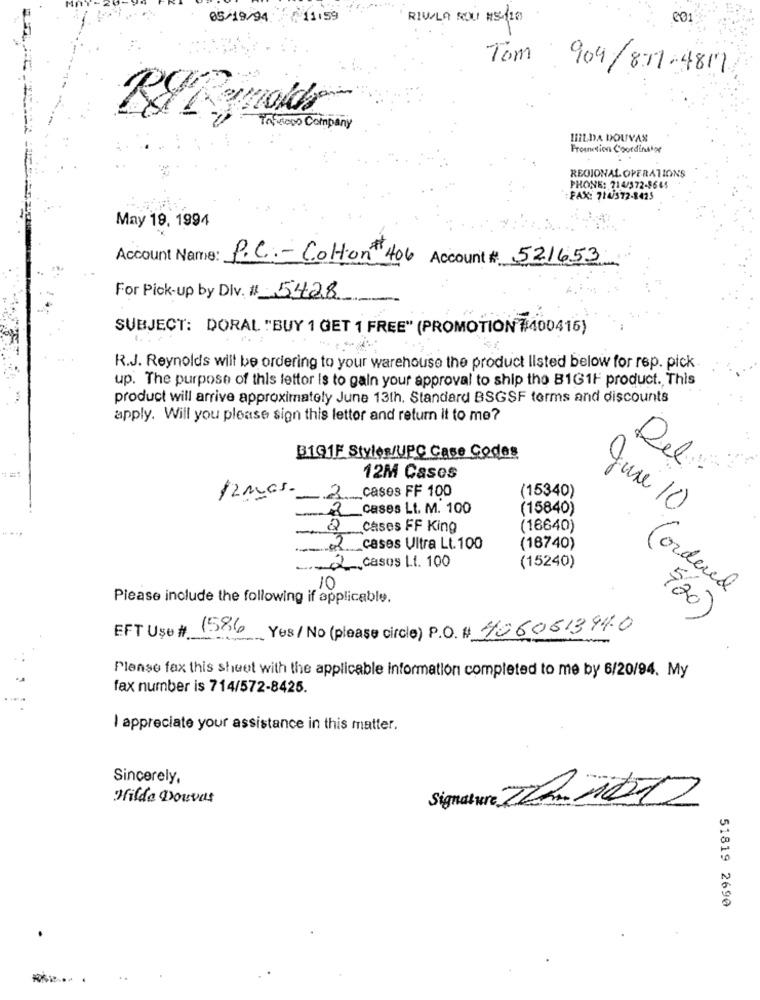
05/19/9411:59
RIW/LA ROU #5-10
Tom
904/877-4817
Tinoco Company
HILDA DOUVAN
Promnetion Coordinahor
REGIONAL OPERATIONS
PHONE: 714/372-8645
FAX: 714572-8425
May 19, 1994
Account Name:
: P.C .- Colon+ 406 Account # 521653
For Pick-up by Dlv. # 5428
SUBJECT: DORAL "BUY 1 GET 1 FREE" (PROMOTION #:400415)
R.J. Reynolds will be ordering to your warehouse the product listed below for rep. pick
up. The purpose of this lettor is to gain your approval to ship the B1GIF product. This
product will arrive approximately June 13th. Standard BSGSF terms and discounts
apply. Will you please sign this lettor and return it to me?
B191F Styles/UPC Case Codes
Del
12M Cases
(15340)
12 mes.
2
cases FF 100
cases Lt. M. 100
(15840)
June 10
cases FF King
(16640)
2
_cases Ultra Lt. 100
(16740)
.- d, casos Lt. 100
(15240)
10
(ordered
Please include the following if applicable.
720)
EFT Use # 1586
Yes/ No (please circle) P.O. # 4060513940
Please fax this sheet with the applicable information completed to me by 6/20/94. My
fax number is 714/572-8425.
I appreciate your assistance in this matter.
Sincerely,
Hilda Douvas
Signature 222017
51819 2690